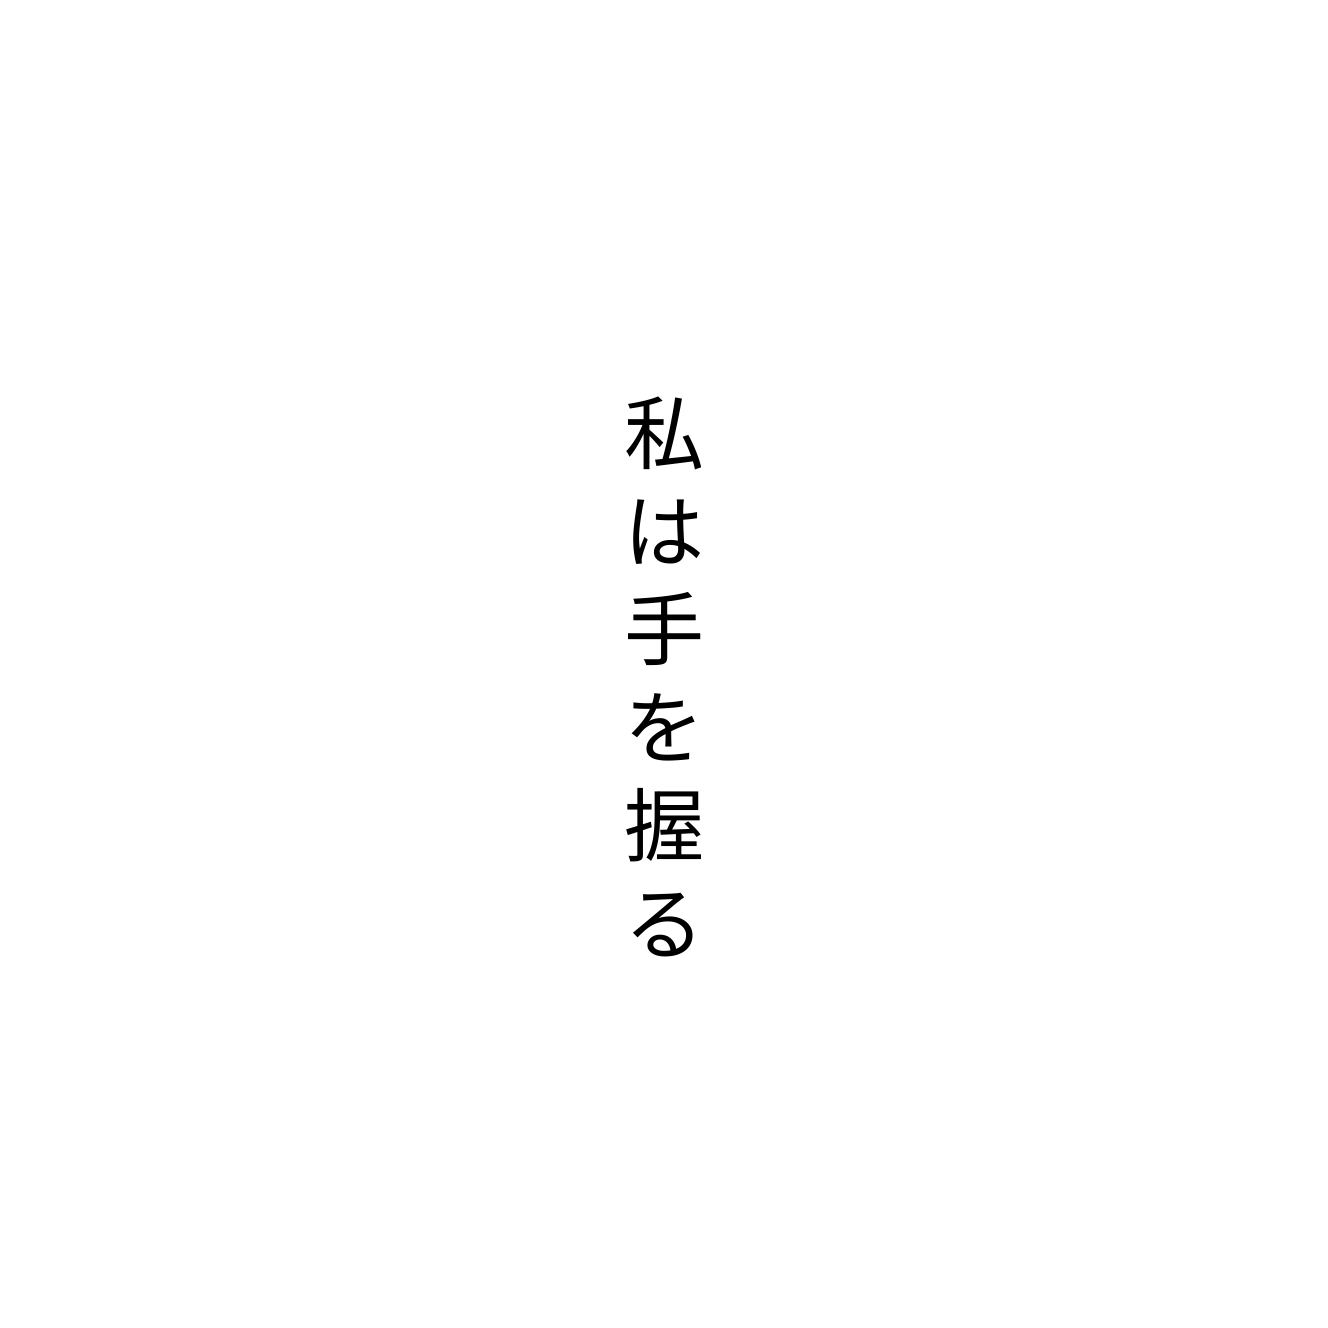
私は手を握る